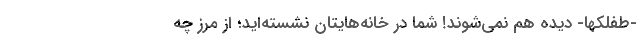
-طفلکها- دیده هم نمی‌شوند! شما در خانه‌هایتان نشسته‌اید؛ از مرز چه